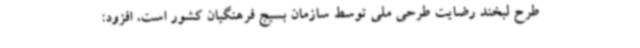
طرح لبخند رضایت طرحی ملی توسط سازمان بسیج فرهنگیان کشور است، افزود: